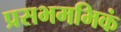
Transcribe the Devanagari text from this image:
प्रसभमभिकं